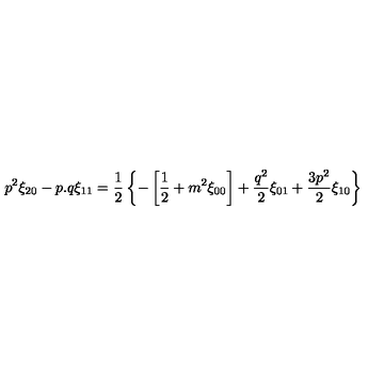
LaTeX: p ^ { 2 } \xi _ { 2 0 } - p . q \xi _ { 1 1 } = { \frac { 1 } { 2 } } \left\{ - \left[ { \frac { 1 } { 2 } } + m ^ { 2 } \xi _ { 0 0 } \right] + { \frac { q ^ { 2 } } { 2 } } \xi _ { 0 1 } + { \frac { 3 p ^ { 2 } } { 2 } } \xi _ { 1 0 } \right\}